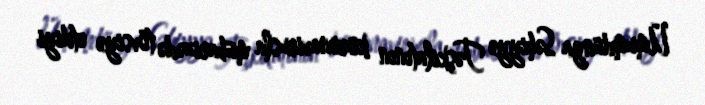
Ümumdünya Səhiyyə Təşkilatının koronavirusla mübarizədə tövsiyə etdiyi